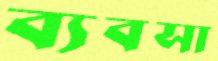
ব্যবসা